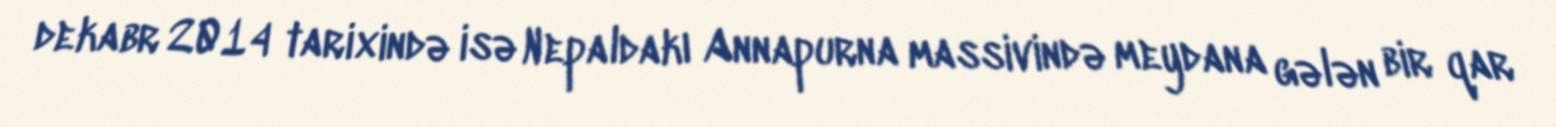
dekabr 2014 tarixində isə Nepaldakı Annapurna massivində meydana gələn bir qar